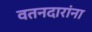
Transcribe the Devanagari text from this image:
वतनदारांना